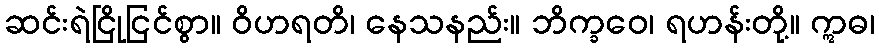
ဆင်းရဲငြိုငြင်စွာ။ ဝိဟရတိ၊ နေသနည်း။ ဘိက္ခဝေ၊ ရဟန်းတို့။ ဣဓ၊